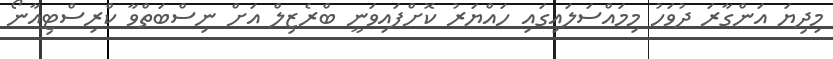
މިދިޔަ އަންގާރަ ދުވަހު މިމައްސަލައިގައި ހައްޔަރު ކޮށްފައިވަނީ ބްރެޒިލް އަށް ނިސްބަތްވާ ކްރިސްޓިއާނޯ